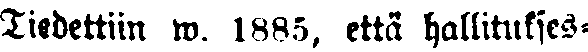
Tiedettiin w. 1885, että hallitukses-